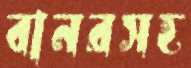
বানরসহ